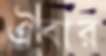
ঐবার